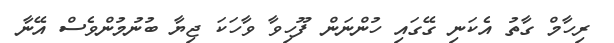
ރިހާމް ގާތު އެކަނި ގޭގައި ހުންނަން ފޫހިވާ ވާހަކަ ޖިޔާ ބުނުމުންވެސް އޭނާ